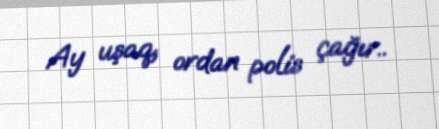
Ay uşaq, ordan polis çağır..